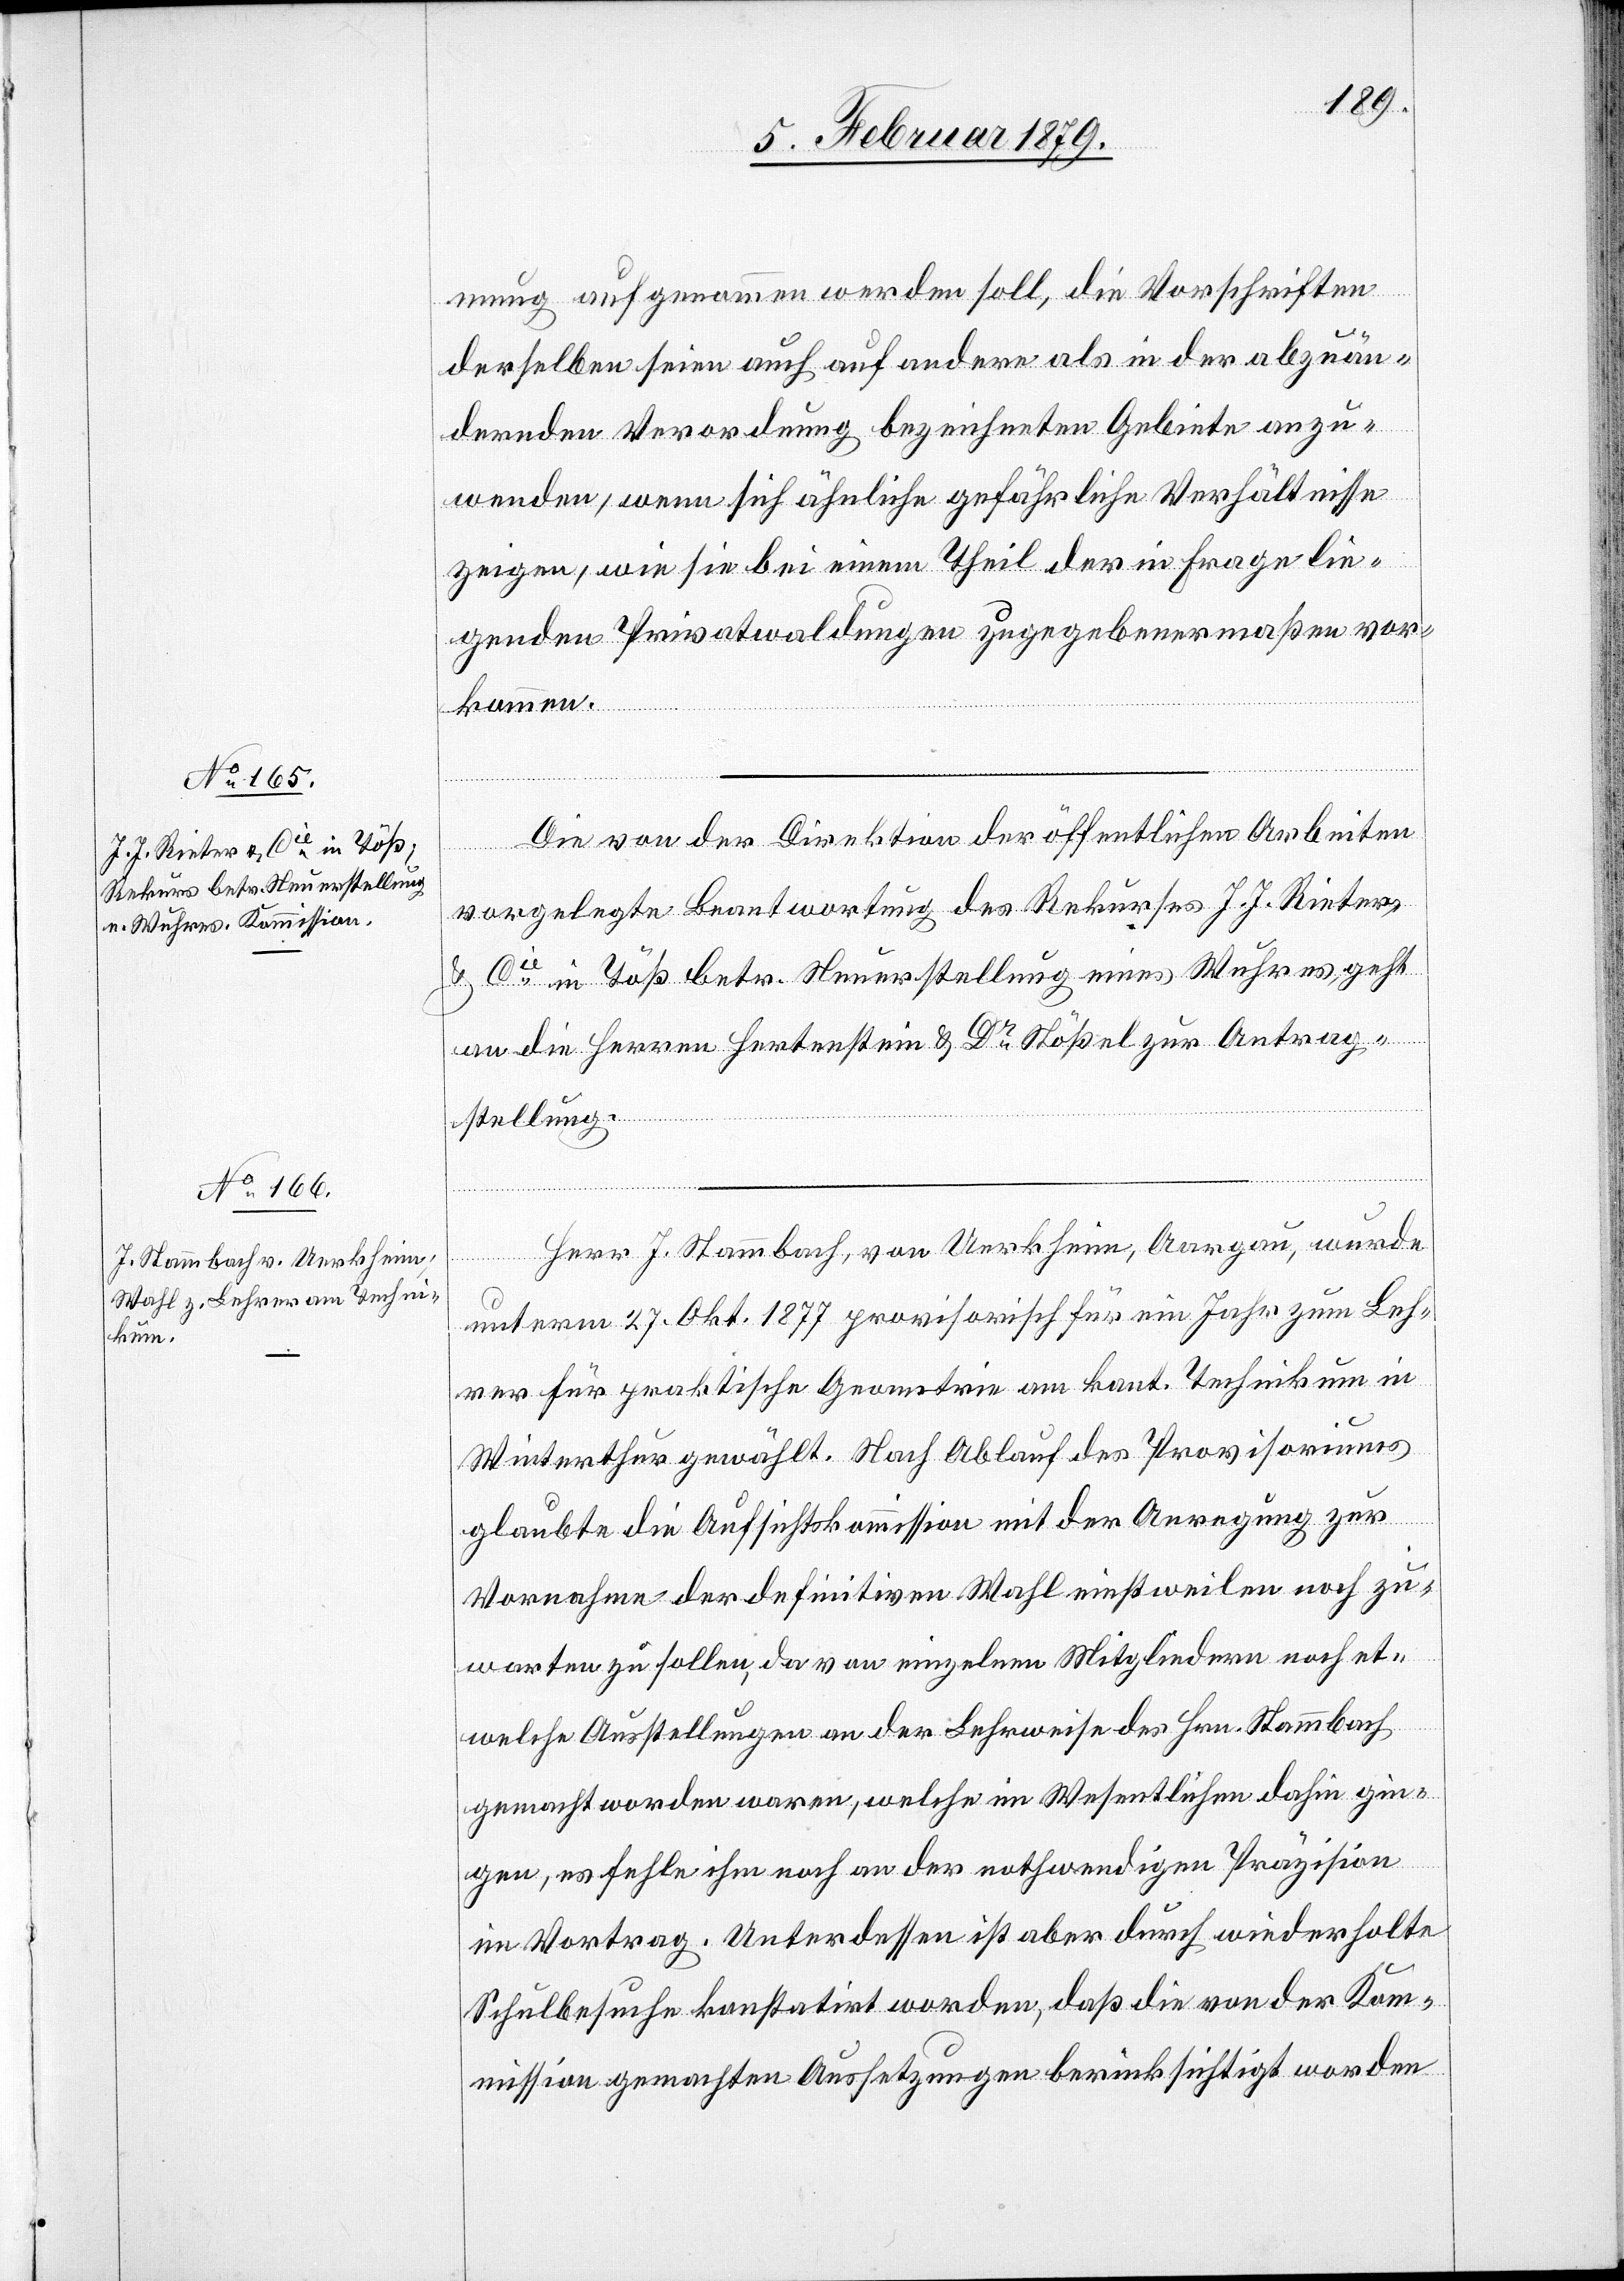
mung aufgenommen werden soll, die Vorschriften
derselben seien auch auf andere als in der abzuän¬
dernden Verordnung bezeichneten Gebiete anzu¬
wenden, wenn sich ähnliche gefährliche Verhältnisse
zeigen, wie sie bei einem Theil der in Frage lie¬
genden Privatwaldungen zugegebenermaßen vor¬
kommen.
Die von der Direktion der öffentlichen Arbeiten
vorgelegte Beantwortung des Rekurses J. J. Rieter
& Cie in Töß betr. Neuerstellung eines Wuhres, geht
an die Herren Hertenstein & Dr Stößel zur Antrag¬
stellung.
Herr J. Stammbach, von Uerkheim, Aargau, wurde
unterm 27. Okt. 1877 provisorisch für ein Jahr zum Leh¬
rer für praktische Geometrie am kant. Technikum in
Winterthur gewählt. Nach Ablauf des Provisoriums
glaubte die Aufsichtskommission mit der Anregung zur
Vornahme der definitiven Wahl einstweilen noch zu¬
warten zu sollen, da von einzelnen Mitgliedern noch et¬
welche Ausstellungen an der Lehrweise des Hrn. Stammbach
gemacht worden waren, welche im Wesentlichen dahin gin¬
gen, es fehle ihm noch an der nothwendigen Präzision
im Vortrag. Unterdessen ist aber durch wiederholte
Schulbesuche konstatirt worden, daß die von der Kom¬
mission gemachten Aussetzungen berücksichtigt worden